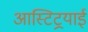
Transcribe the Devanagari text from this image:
आस्टिट्रयाई